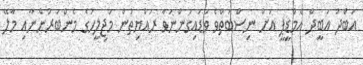
އަބްދު އަބީދް އެމްޑީޕީ އަށް ނިސްބަތްވެ ވަޑައިގަންނަވާ ރައްޔިތުން މަޖިލީހުގެ މެންބަރުންނާއި މާލޭ